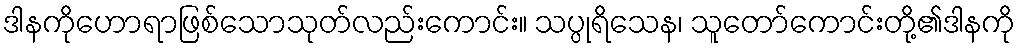
ဒါနကိုဟောရာဖြစ်သောသုတ်လည်းကောင်း။ သပ္ပုရိသေန၊ သူတော်ကောင်းတို့၏ဒါနကို